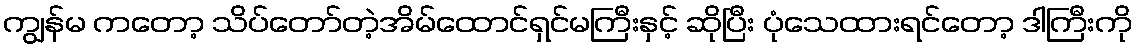
ကျွန်မ ကတော့ သိပ်တော်တဲ့အိမ်ထောင်ရှင်မကြီးနှင့် ဆိုပြီး ပုံသေထားရင်တော့ ဒါကြီးကို